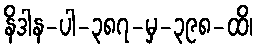
နိဒါန-ပါ-၃၈၇-မှ-၃၉၈-ထိ၊